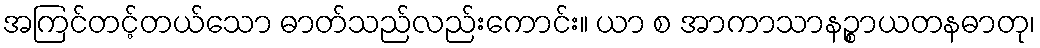
အကြင်တင့်တယ်သော ဓာတ်သည်လည်းကောင်း။ ယာ စ အာကာသာနဉ္စာယတနဓာတု၊